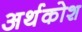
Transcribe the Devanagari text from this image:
अर्थकोश